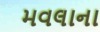
મવલાના